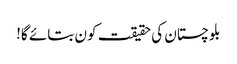
بلوچستان کی حقیقت کون بتائے گا!